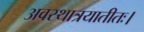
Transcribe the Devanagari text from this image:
अवस्थात्रयातीतः।